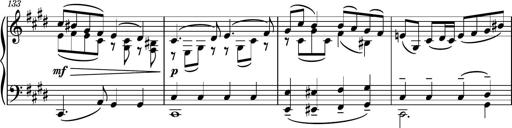
Title: Piano Sonatina No.6
Composer: Dimitri Sykias
Key: A major